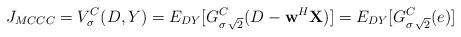
LaTeX: \begin{align*}J_{MCCC} = V^{C}_{\sigma}(D, Y) = E_{DY}[G^{C}_{\sigma\,\sqrt{2}}(D-\textbf{w}^{H}\textbf{X})] = E_{DY}[G^{C}_{\sigma\,\sqrt{2}}(e)]\end{align*}